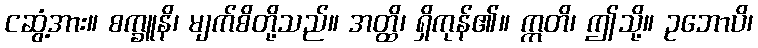
ငဆွံ့အား။ စက္ခူနိ၊ မျက်စိတို့သည်။ အတ္ထိ၊ ရှိကုန်၏။ ဣတိ၊ ဤသို့။ ဥဘောပိ၊